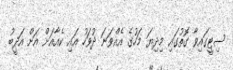
ސިޓީގައިވާ ގޮތުގައި މިދިޔަ މަހުގެ އެއްވަނަ ދުވަހު އައި ކެއާއަށް އަށް އަދީބު